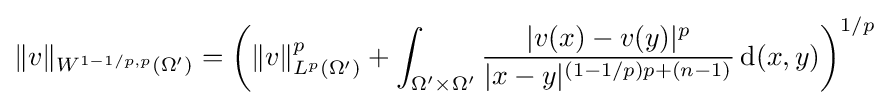
\|v\|_{W^{1-1/p,p}(\Omega ')}=\left(\|v\|_{L^{p}(\Omega ')}^{p}+\int _{\Omega '\times \Omega '}{\frac {|v(x)-v(y)|^{p}}{|x-y|^{(1-1/p)p+(n-1)}}}\,\mathrm {d} (x,y)\right)^{1/p}